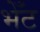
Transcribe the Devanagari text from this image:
भेँट